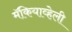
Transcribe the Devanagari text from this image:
मॅकियाव्हेली